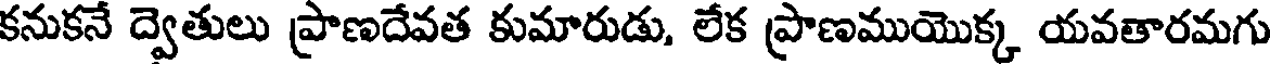
కనుకనే ద్వెతులు ప్రాణదేవత కుమారుడు, లేక ప్రాణముయొక్క యవతారమగు